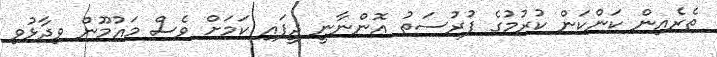
ތެރެއިން ކަންކަން ކުރުމުގެ ފުރުސަތު އޮންނާނީ ދީފައި ކަމަށް ވެސް މައުމޫން ވިދާޅުވި